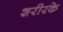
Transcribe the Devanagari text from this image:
शरीरके